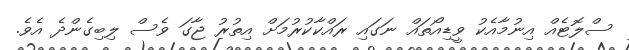
ސްލޮޓެއް އިނުމާއެކު ވީޑިއޯތައް ނަގައި ރައްކާކުރުމަށް އިތުރު ޖާގަ ވެސް ލިބިގެންދެ އެވެ.